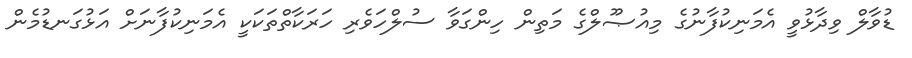
ޑުވާލް ވިދާޅުވީ އެމަނިކުފާނުގެ މިއުޞޫލްގެ މަތިން ހިންގަވާ ސުލްހަވެރި ހަރަކާތްތަކަކީ އެމަނިކުފާނަށް އަޅުގަނޑުމެން